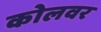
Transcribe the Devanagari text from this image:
कोलवर